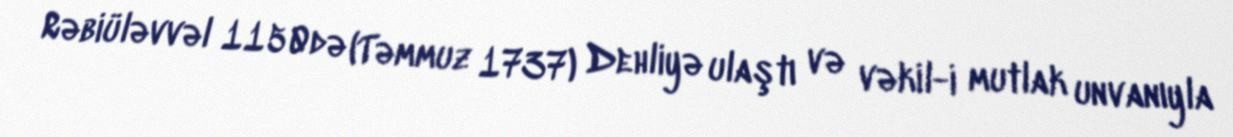
Rəbiüləvvəl 1150də (Təmmuz 1737) Dehliyə ulaştı və vəkil-i mutlak unvanıyla